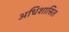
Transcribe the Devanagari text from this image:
अधिशासित